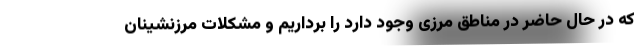
که در حال حاضر در مناطق مرزی وجود دارد را برداریم و مشکلات مرزنشینان